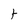
Character: t